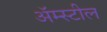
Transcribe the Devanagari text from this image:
अॅम्स्टील